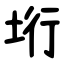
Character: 垳